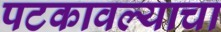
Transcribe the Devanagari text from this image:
पटकावल्याचा